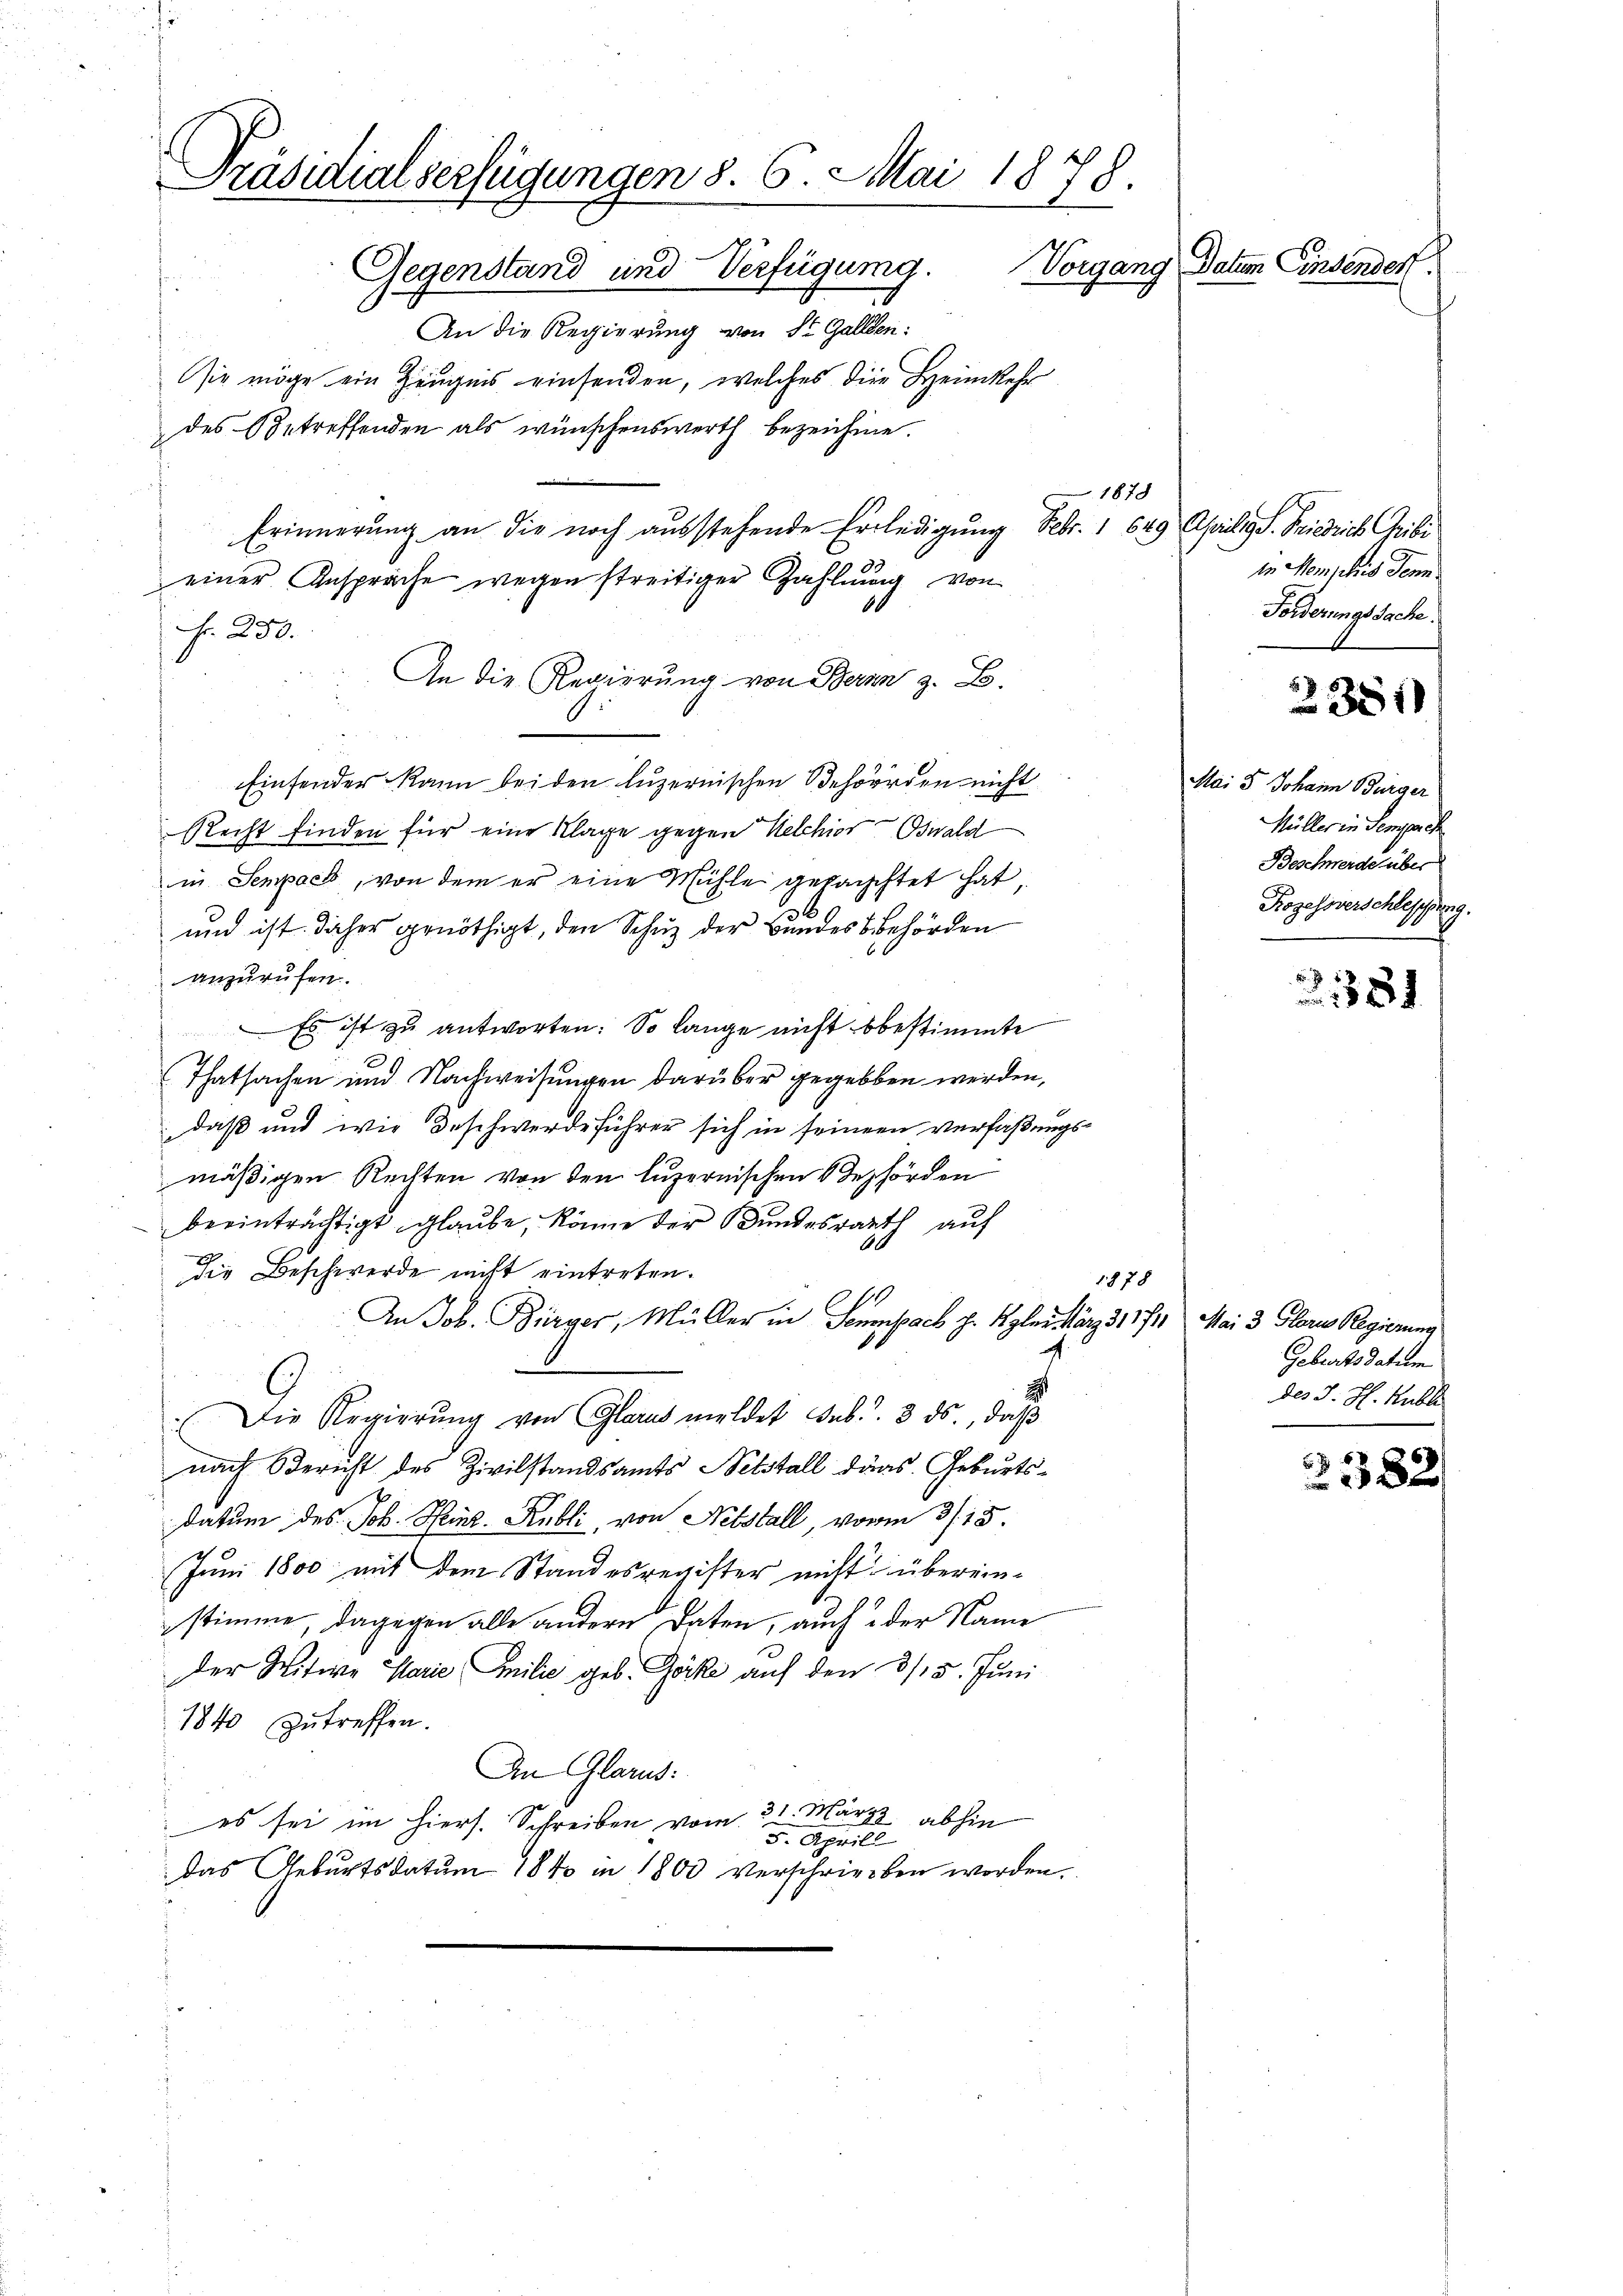
Präsidialverfügungen 8. 6. Mai 1878.
Vorgang Datum Einsendorf.
Gegenstand und Verfügung.
An die Regierung von St. Gallen:

sie möge ein Zeugnis einsenden, welches die Heimkehr
des Betreffenden als wünschenswerth bezeichnee.
1878
Erinnerung an die noch ausstehende Erledigung Febr. 1 649 Aprilis S. Friedrich Gribi
einer Anspräche wegen streitiger Zahlung von
0
Fr. 250.
An die Regierung von Bernn z. B.
Einsender kann bei den luzernischen Behörden nicht
Recht finden für eine Klage gegen Kelchior Oswald
in Sempach, von dem er eine Mühle gehauchtet hat
und ist daher genöthigt, den Schuz der Bundes Behörden
anzurufen.
Es ist zu antworten. So lange nicht bestimmte
Thatsachen und Nachweisungen darüber gegeben werden,
daß und wie Beschwerde führer sich in seinem verfaßungsmäßigen Rechten von den luzernischen Behörden
beeinträchtigt glaube, könne der Bundesrath aŭf
die Beschwerde nicht eintreten.
1878
An Job. Bürger, Müller in Sempach H. Kgler März 311711 Mai 3 Gloris Regierung
s
Die Regierŭng von Glarus meldet sub. 3. ds., daβ
nach Bericht des Zivilstandsamts Nebstall dars. Geburtsdatum des Joh. Heinr. Rubli, von Netstall, vorm 31. 15.
Juni 1800 mit dem Standesregister nicht übereinstimme, dagegen alle andere Daten, auch der Name
der Witwe Marie milie geb. Göcke auf den 3/5. Juni
1840 zŭ treffen.
An Glarus:
es sei im hiers. Schreiben vom 31. März abhin
5. Aprill
das Geburtsdatum 1840 in 1800 verschrieben worden.

in Momphis Denn
Forderungssache.

2381)

Mai 3 Johann Bürger
Müller in Sempach
Beschwerde über
Rozessverschleschung.

381

Geburts datum
des J. H. Huble

238.